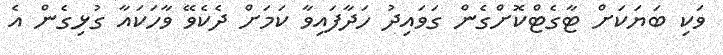
ވަކި ބަޔަކަށް ޓާގެޓްކޮށްގެން ގަވައިދު ހަދާފައިވާ ކަމަށް ދެކެވޭ ވާހަކައާ ގުޅިގެން އެ